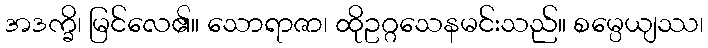
အဒက္ခိ၊ မြင်လေ၏။ သောရာဇာ၊ ထိုဥဂ္ဂသေနမင်းသည်။ စမ္ပေယျဿ၊